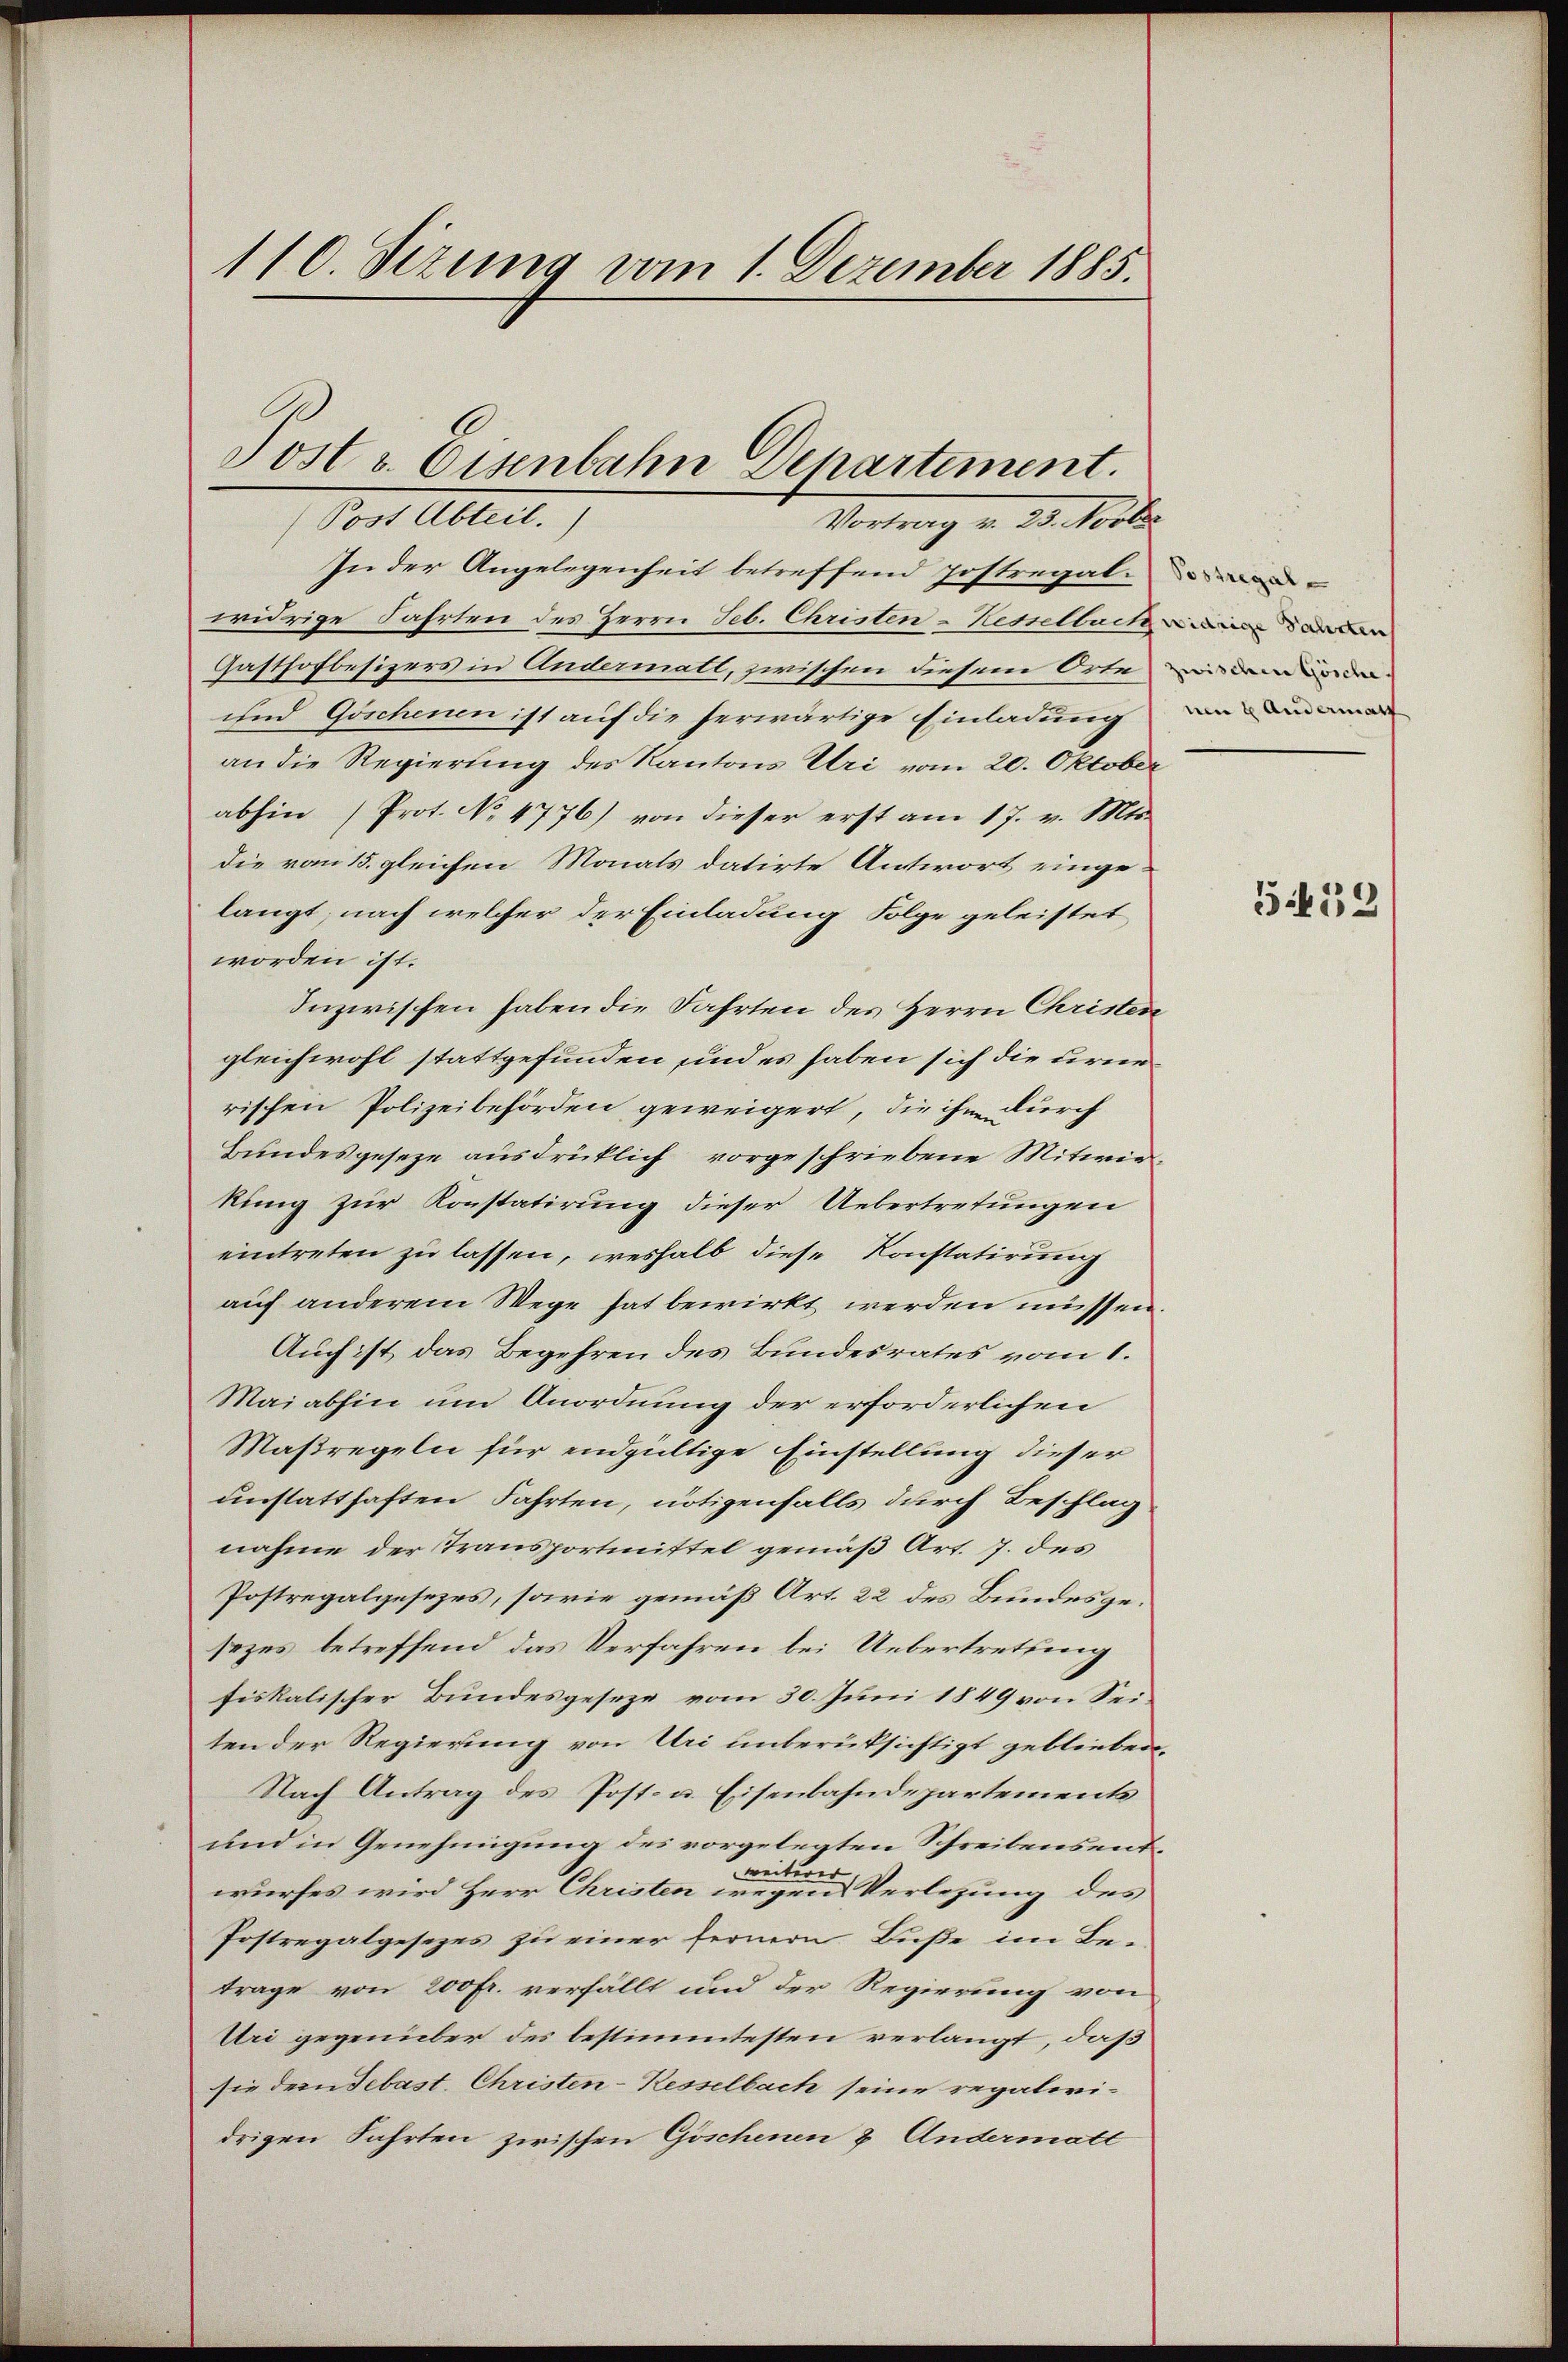
110. Sizung vom 1. Dezember 1885.

Tostr. Eisenbahn Departement.
(Post Abteil.)

Vortrag v. 21. Vorte
In der Angelegenheit betreffend Jostregal
widrige Fahrten des Herrn Seb. Christen-Kesselbuch
Gasthofbesizers in Andermatt, zwischen diesem Orte
und Göschenen ist auf die herwärtige Einladung
an die Regierung des Kantons Uri vom 20. Oktober
abhin (Prot. No 4776) von dieser erst am 17. v. Mts.
die vom 15. gleichen Monats datirte Antwort eingelangt, nach welcher der Einladung Folge geleistet,
worden ist.
Inzwischen haben die Fahrten des Herrn Christen
gleichwohl stattgefunden und es haben sich die urnerischen Polizeibehörden geweigert, die ihm durch
Bundesgeseze ausdrücklich vorgeschriebene Mitwirkung zur Konstatirung dieser Uebertretungen
eintreten zu lassen, weshalb diese Konstatirung
auf anderem Wege hat bewirkt werden müssen.
Auch ist das Begehren des Bundesrates vom 1.
Maiabhin um Anordnung der erforderlichen
Maßregeln für endgültige Einstellung dieser
unstatthaften Fahrten, nötigenfalls durch Beschlag
nahme der Transportmittel gemäß Art. 7. des
Postregalgesezes, sowie gemäß Art. 22 des Bundesgesezes betreffend das Verfahren bei Uebertretung
fiskalischer Bundesgeseze vom 30. Juni 1849 von Seiten der Regierung von Uri unberüksichtigt geblieben,
Nach Antrag des Post- u. Eisenbahndepartements
und in Genehmigung des vorgelegten Schreibensentweiterer
wurfes wird Herr Christen wegen Verlegung des
Postregalgesezes zu einer fernern Buße im Betrage von 200fr. verfällt und der Regierung von
Uri gegenüber des bestimmtesten verlangt, daß
sie der Sebast. Christen-Kesselbach seine regaleridrigen Fahrten zwischen Göschenen 8. Andermatt

um 2 Andermatt

552